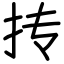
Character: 抟